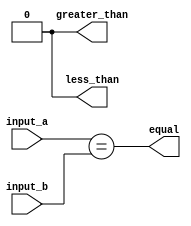
module comparator(
    input [15:0] input_a,
    input [15:0] input_b,
    output equal,
    output greater_than,
    output less_than
);

assign equal = (input_a == input_b);

assign greater_than = 0;
assign less_than = 0;

// Implement comparison logic
genvar i;
generate
    for (i = 0; i < 16; i = i + 1) begin : compare_bits
        assign greater_than = (greater_than | ((input_a[i] & ~input_b[i]) & ~equal));
        assign less_than = (less_than | ((~input_a[i] & input_b[i]) & ~equal));
    end
endgenerate

endmodule